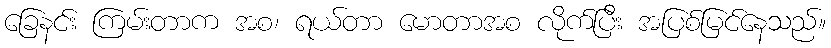
ခြေနင်း ကြမ်းတာက အစ၊ ရယ်တာ မောတာအစ လိုက်ပြီး အပြစ်မြင်နေသည်။